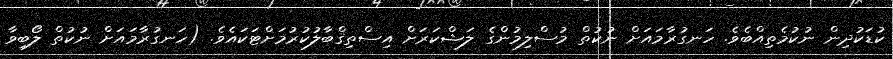
ކުޑަކުދިން ނުކުމެތިއްބެވެ. ހަނގުރާމައަށް ނުކުތް މުސްލިމުންގެ ލަޝްކަރަށް އިސްތިޤްބާލުކުރުމަށްޓަކައެވެ. (ހަނގުރާމައަށް ނުކުތް ލޯބިވާ